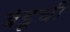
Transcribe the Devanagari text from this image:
बंडूची